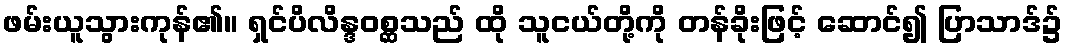
ဖမ်းယူသွားကုန်၏။ ရှင်ပိလိန္ဒဝစ္ဆသည် ထို သူငယ်တို့ကို တန်ခိုးဖြင့် ဆောင်၍ ပြာသာဒ်၌